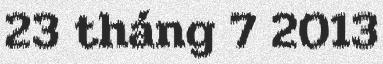
23 tháng 7 2013